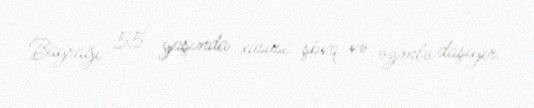
Bayrağı 55 yaşında xüsusi şövq və əzmlə daşıyır.